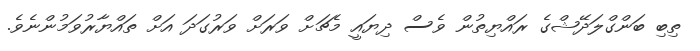
ތިބި ބަންގްލަދޭޝްގެ ރައްޔިތުން ވެސް ދިޔައީ މެޗަށް ވަރަށް ވަރުގަދަ އަށް ތައްޔާރުވަމުންނެވެ.